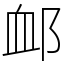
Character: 䘏